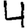
Digit: 4